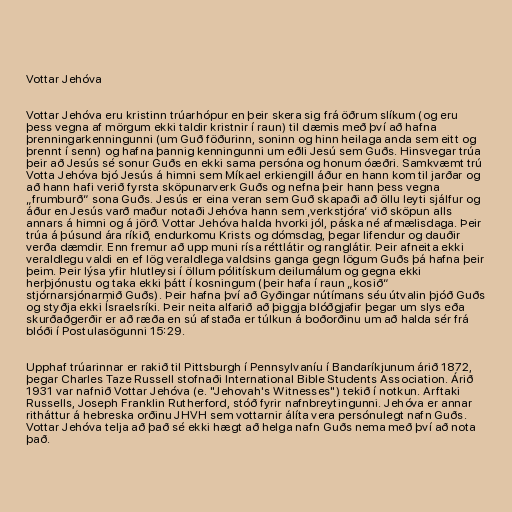
Vottar Jehóva

Vottar Jehóva eru kristinn trúarhópur en þeir skera sig frá öðrum slíkum (og eru
þess vegna af mörgum ekki taldir kristnir í raun) til dæmis með því að hafna
þrenningarkenningunni (um Guð föðurinn, soninn og hinn heilaga anda sem eitt og
þrennt í senn) og hafna þannig kenningunni um eðli Jesú sem Guðs. Hinsvegar trúa
þeir að Jesús sé sonur Guðs en ekki sama persóna og honum óæðri. Samkvæmt trú
Votta Jehóva bjó Jesús á himni sem Míkael erkiengill áður en hann kom til jarðar og
að hann hafi verið fyrsta sköpunarverk Guðs og nefna þeir hann þess vegna
„frumburð“ sona Guðs. Jesús er eina veran sem Guð skapaði að öllu leyti sjálfur og
áður en Jesús varð maður notaði Jehóva hann sem ‚verkstjóra‘ við sköpun alls
annars á himni og á jörð. Vottar Jehóva halda hvorki jól, páska né afmælisdaga. Þeir
trúa á þúsund ára ríkið, endurkomu Krists og dómsdag, þegar lifendur og dauðir
verða dæmdir. Enn fremur að upp muni rísa réttlátir og ranglátir. Þeir afneita ekki
veraldlegu valdi en ef lög veraldlega valdsins ganga gegn lögum Guðs þá hafna þeir
þeim. Þeir lýsa yfir hlutleysi í öllum pólitískum deilumálum og gegna ekki
herþjónustu og taka ekki þátt í kosningum (þeir hafa í raun „kosið“
stjórnarsjónarmið Guðs). Þeir hafna því að Gyðingar nútímans séu útvalin þjóð Guðs
og styðja ekki Ísraelsríki. Þeir neita alfarið að þiggja blóðgjafir þegar um slys eða
skurðaðgerðir er að ræða en sú afstaða er túlkun á boðorðinu um að halda sér frá
blóði í Postulasögunni 15:29.

Upphaf trúarinnar er rakið til Pittsburgh í Pennsylvaníu í Bandaríkjunum árið 1872,
þegar Charles Taze Russell stofnaði International Bible Students Association. Árið
1931 var nafnið Vottar Jehóva (e. "Jehovah's Witnesses") tekið í notkun. Arftaki
Russells, Joseph Franklin Rutherford, stóð fyrir nafnbreytingunni. Jehóva er annar
ritháttur á hebreska orðinu JHVH sem vottarnir álíta vera persónulegt nafn Guðs.
Vottar Jehóva telja að það sé ekki hægt að helga nafn Guðs nema með því að nota
það.